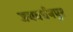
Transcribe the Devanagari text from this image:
जयवर्धनपुर